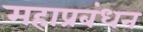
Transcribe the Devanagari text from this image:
महाप्रबंधन